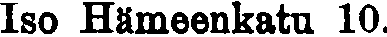
Iso Hämeenkatu 10.